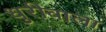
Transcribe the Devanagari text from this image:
धुरीवाला